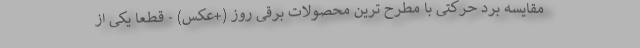
مقایسه برد حرکتی با مطرح ترین محصولات برقی روز (+عکس) - قطعا یکی از